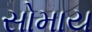
સોમાય